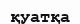
қуатқа